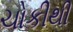
ચોકીથી